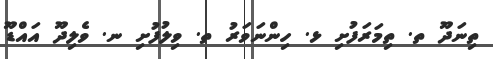
ތިނަދޫ ތ. ތިމަރަފުށި ޅ. ހިންނަވަރު ތ. ވިލުފުށި ނ. ވެލިދޫ އައްޑޫ